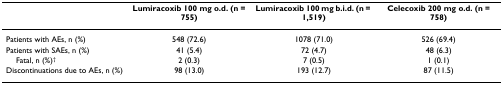
<table><thead><tr><td>[EMPTY_CELL]</td><td><b>Lumiracoxib 100 mg o.d. (n = 755)</b></td><td><b>Lumiracoxib 100 mg b.i.d. (n = 1,519)</b></td><td><b>Celecoxib 200 mg o.d. (n = 758)</b></td></tr></thead><tbody><tr><td>Patients with AEs, n (%)</td><td>548 (72.6)</td><td>1078 (71.0)</td><td>526 (69.4)</td></tr><tr><td>Patients with SAEs, n (%)</td><td>41 (5.4)</td><td>72 (4.7)</td><td>48 (6.3)</td></tr><tr><td> Fatal, n (%)<sup>†</sup></td><td>2 (0.3)</td><td>7 (0.5)</td><td>1 (0.1)</td></tr><tr><td>Discontinuations due to AEs, n (%)</td><td>98 (13.0)</td><td>193 (12.7)</td><td>87 (11.5)</td></tr></tbody></table>